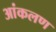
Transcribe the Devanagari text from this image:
आंकलण